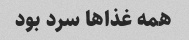
همه غذاها سرد بود